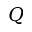
Q